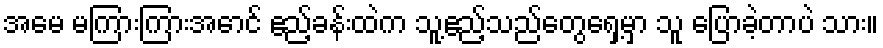
အမေ မကြားကြားအောင် ဧည့်ခန်းထဲက သူ့ဧည့်သည်တွေရှေ့မှာ သူ ပြောခဲ့တာပဲ သား။